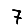
Digit: 7